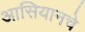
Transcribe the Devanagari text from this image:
आसियानचे